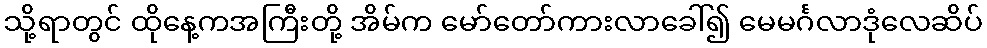
သို့ရာတွင် ထိုနေ့ကအကြီးတို့ အိမ်က မော်တော်ကားလာခေါ်၍ မေမင်္ဂလာဒုံလေဆိပ်